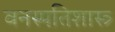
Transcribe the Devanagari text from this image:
वनस्पतिशास्त्र्